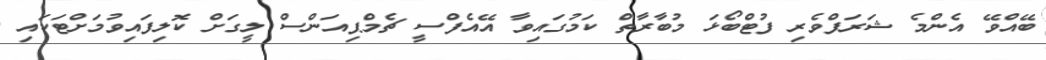
ބޭއްވޭ އެންމެ ޝަރަފްވެރި ފުޓްބޯޅަ މުބާރާތް ކަމުގައިވާ އޭއެފްސީ ޗެމްޕިއަންސް ލީގަށް ކޮލިފައިވުމަށްޓަކައި